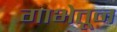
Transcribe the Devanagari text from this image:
गाभेतून